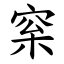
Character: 梥